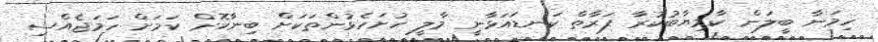
ހިމަނާ ބީލަން ކާމިޔާބުކުރާ ފަރާތް ކަނޑައަޅާނީ މާލީ ހުށަހެޅުންތަކަށް ބިނާކޮށް ކަމަށް ހަމަޖެއްސި